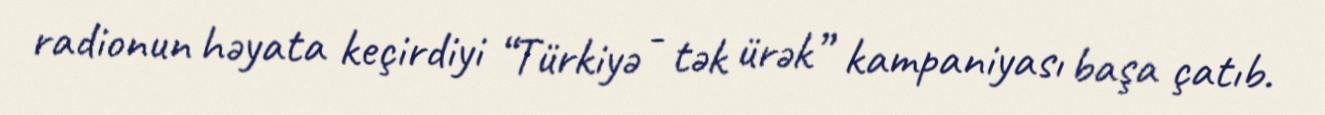
radionun həyata keçirdiyi “Türkiyə - tək ürək” kampaniyası başa çatıb.